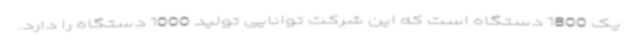
یک 1800 دستگاه است که این شرکت توانایی تولید 1000 دستگاه را دارد.